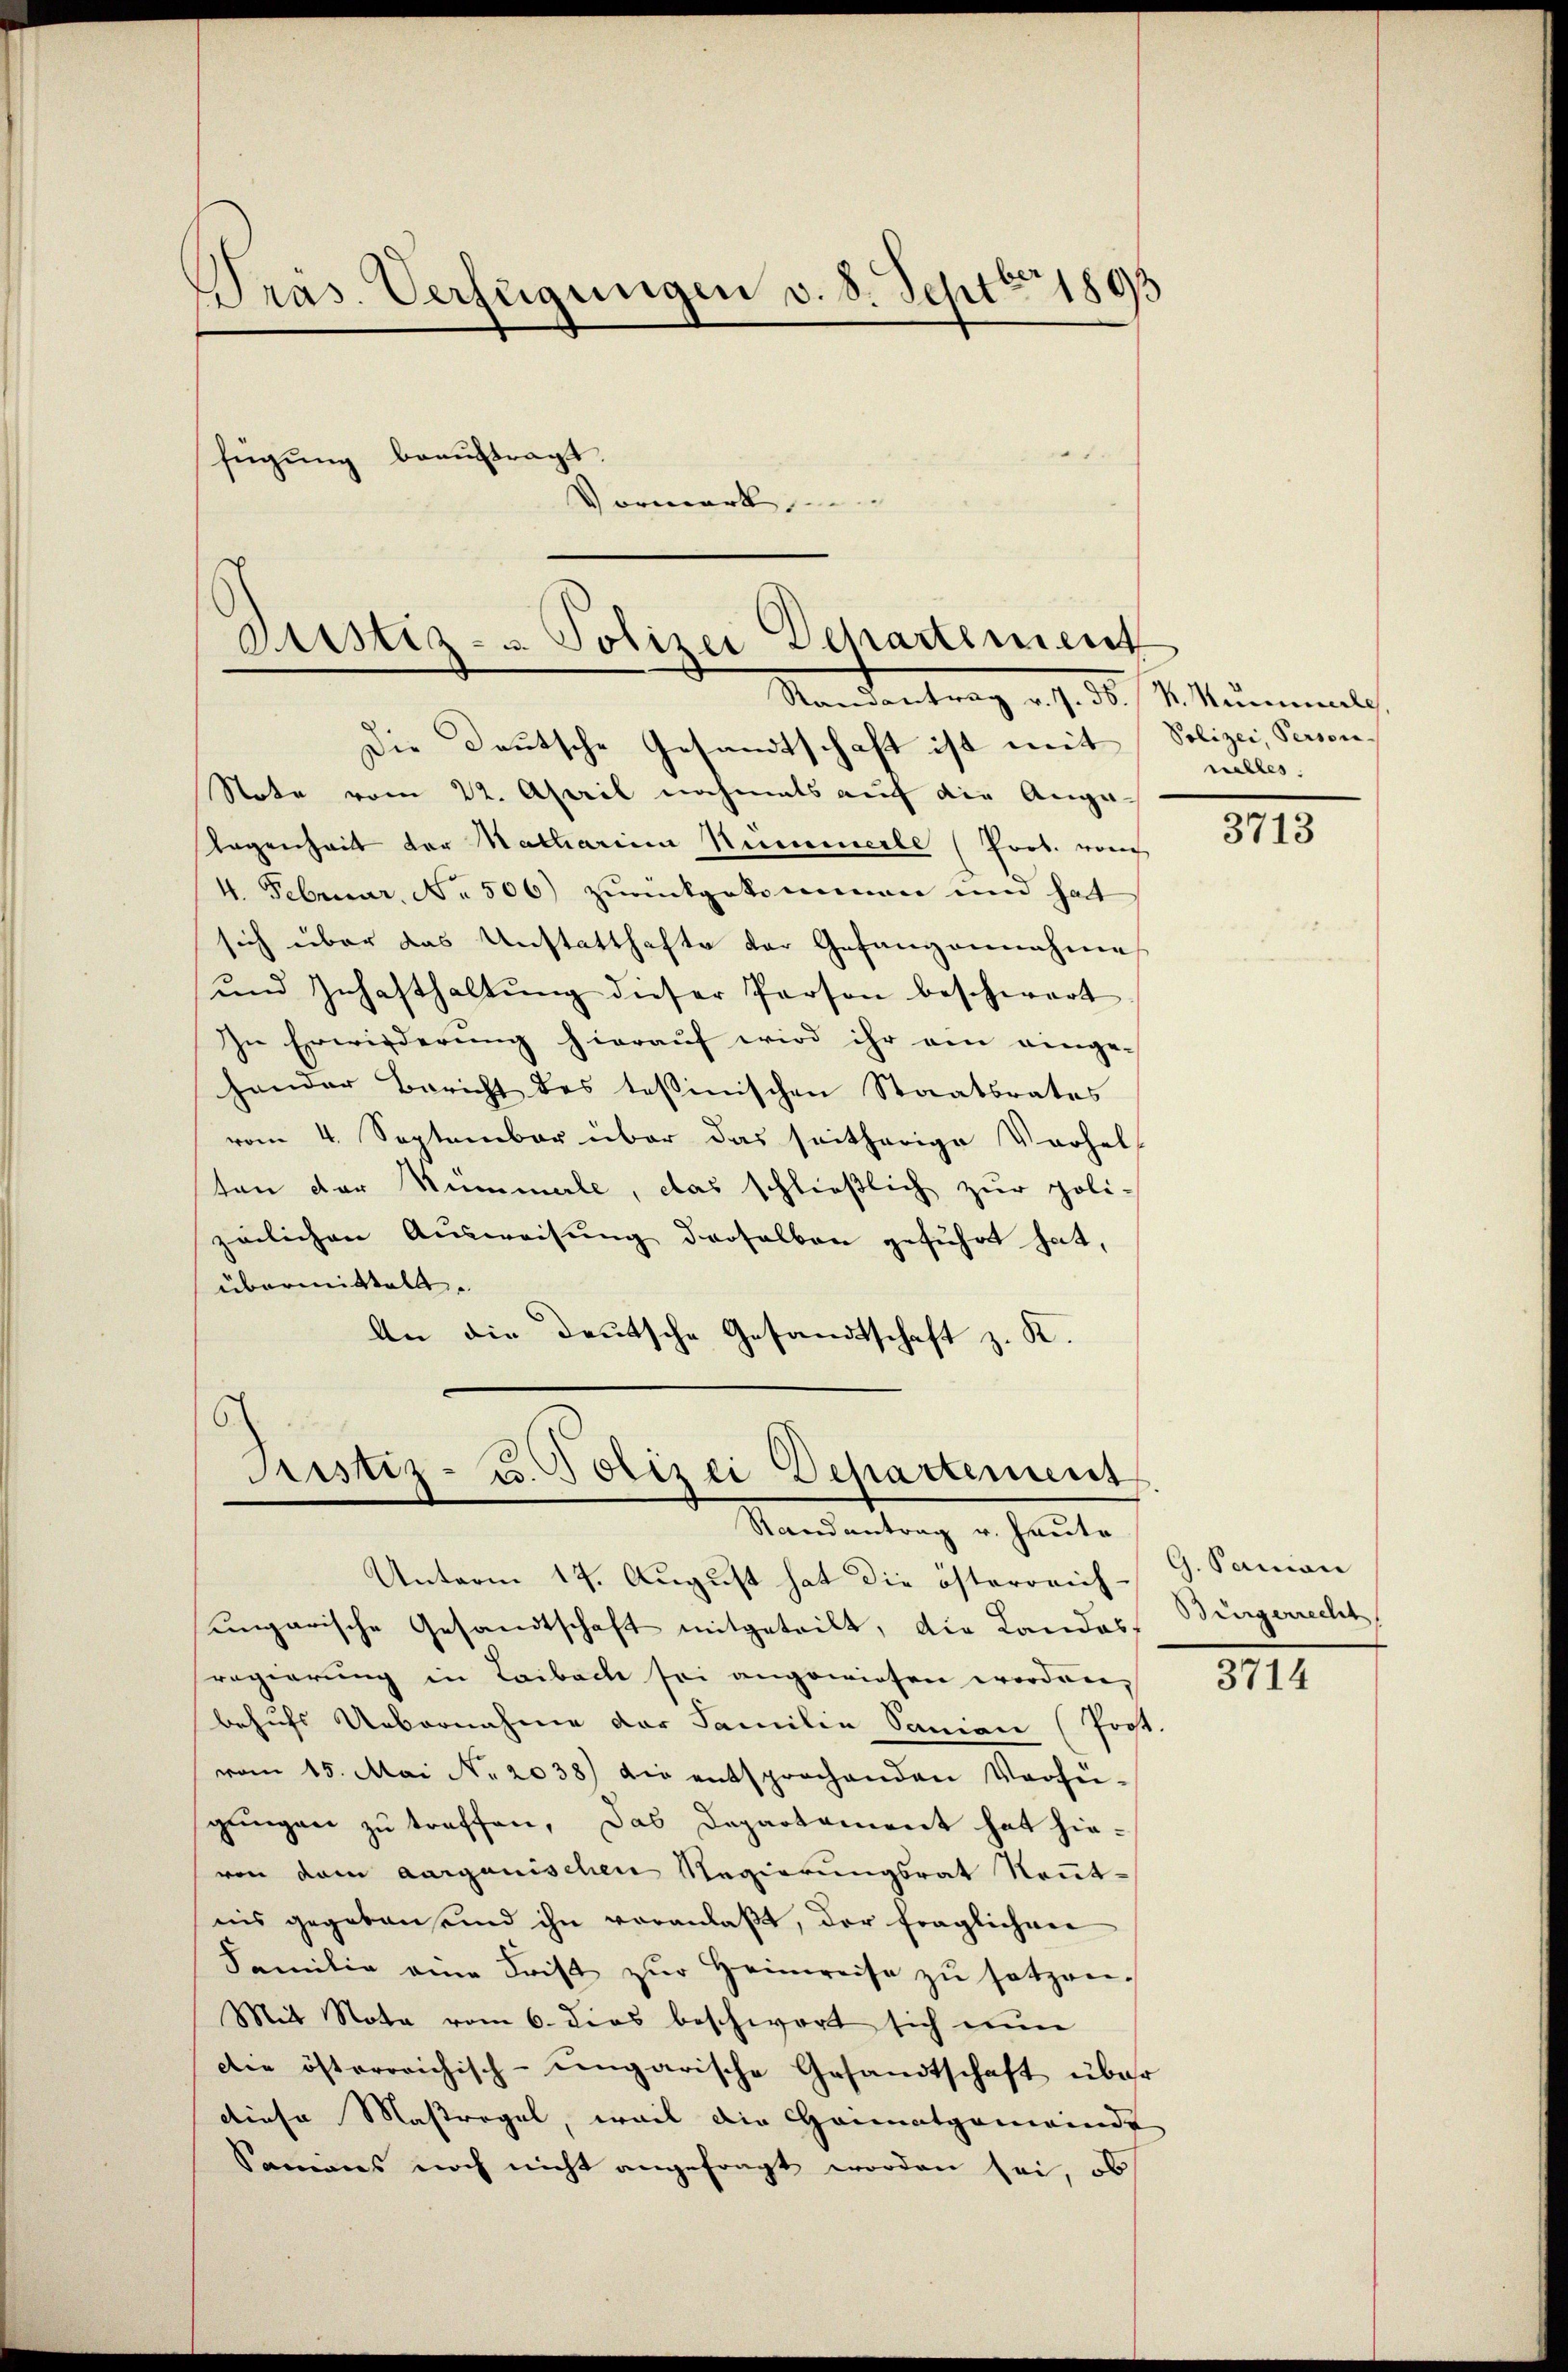
Präs. Verfügungen v. 8. Sept 1893

fügung beauftragt
Vormerk

Die Deutsche Gesandtschaft ist mit
Note vom 22. April nochmals auf die Ange-
Gegenheit vor Matharina Nummerle (Prot. von
4. Februar, No. 506) zurückgekommen um hat
sich über das Unstatthafte der Gefangennahme
ŭnd Inhasthaltŭng dieser Person beschwert
In Erwirderung hierauf wird ihr am einge-
hender Bericht des tessinischen Staatsrates
vom 4. September über das seitherige Verhel
ten der Summale, das schließlich zur poli-
zelichen Ausweisung derselben geführt hat,
übermittelt.
An die Deutsche Gesandtschaft z. K.

Zustiz- & Polizei Departement
Randantrag v. 7. ds. R. Neuale,

Pustiz- u. Polizei Departement
Randantrag v. Heute

Unterm 17. August hat die österreich-
ungarische Gesandtschaft mitgeteilt, die Landos
regierung in Laibach sei angewiesen worden,
behufs Uebernahme das Familie Sanien (Prost.
vom 15. Mai No. 2038) die entsprochenden Verfü-
gungen zu treffen, das Departament hat hievon dem aarganischen Regierungsrat Kenntnis gegeben sind ihn veranlaßt, der fraglichen
Familie eine Frist zŭr Heimreise zŭ setzen.
Mit Nota vom 6. dies beschwort sich nun
die österreichisch-ungarische Gesandtschaft über
diese Massregel, weil die Heimatgemeinde
Samens noch nicht angefragt worden sei, ob

Polizei, Persone
nelles.

3713

G. Sanan
Bürgerrecht

3714